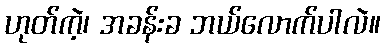
ဟုတ်ကဲ့၊ အခန်းခ ဘယ်လောက်ပါလဲ။